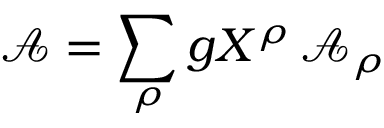
\mathcal { A } = \sum _ { \rho } g _ { \sf } { X } ^ { \rho } \, \mathcal { A } _ { \rho }